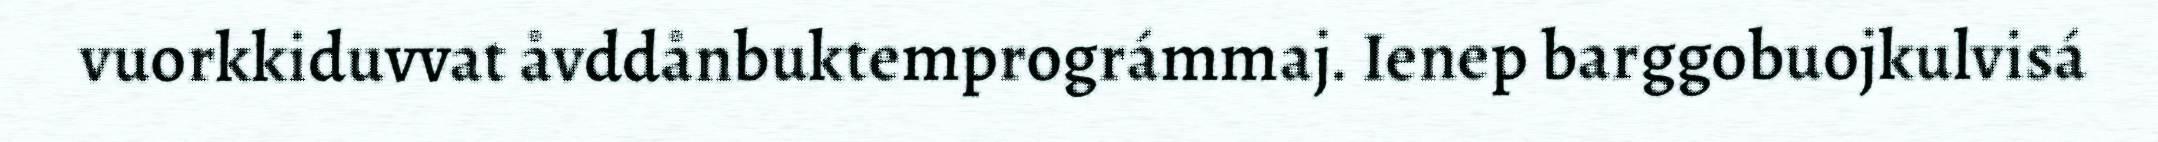
vuorkkiduvvat åvddånbuktemprográmmaj. Ienep barggobuojkulvisá